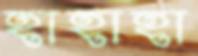
হাহাহা